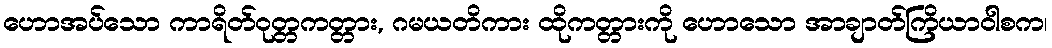
ဟောအပ်သော ကာရိတ်ဝုတ္တကတ္တား, ဂမယတိကား ထိုကတ္တားကို ဟောသော အာချာတ်ကြိယာဝါစက၊